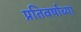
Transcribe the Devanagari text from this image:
प्रतिवर्षाच्या